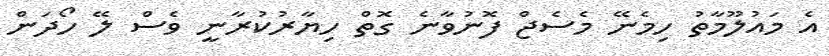
އެ މައުލޫމާތު ހިމެނޭ މެސެޖް ފޮނުވާނެ ގޮތް ހިޔާރުކުރާނީ ވެސް ލޭ ހޯދަން